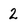
Character: 2